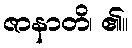
ဇာနာတိ၊ ၏။